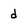
Character: d